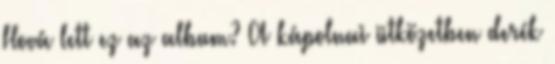
Hová lett ez az album? A kápolnai ütközetben derék